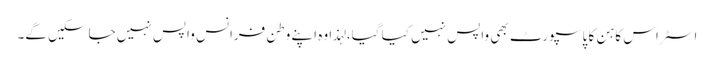
اسٹراس کاہن کا پاسپورٹ بھی واپس نہیں کیا گیا، لہذا وہ اپنے وطن فرانس واپس نہیں جاسکیں گے۔